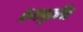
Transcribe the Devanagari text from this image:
समनुरूपित